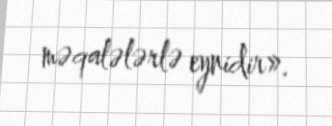
məqalələrlə eynidir».